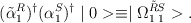
\begin{align*}(\tilde{\alpha}^R_1)^{\dag}(\alpha^S_1)^{\dag}\mid 0>\equiv\mid\Omega_{1\hspace*{1mm}1}^{\tilde{R}S}>.\end{align*}